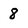
Character: 8